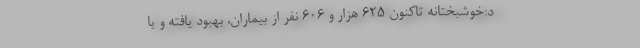
د:خوشبختانه تاکنون ۶۲۵ هزار و ۶۰۶ نفر از بیماران، بهبود یافته و یا